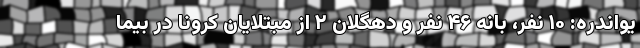
یواندره: ۱۰ نفر، بانه ۴۶ نفر و دهگلان ۲ از مبتلایان کرونا در بیما